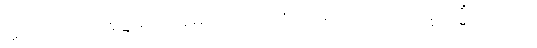
ဣတိ၊ ဤသို့။ အဋ္ဌာရသဝိဓေ၊ တဆယ့်ရှစ်ပါးအပြားရှိသော။ ဣမသ္မိံ ကာယေ၊